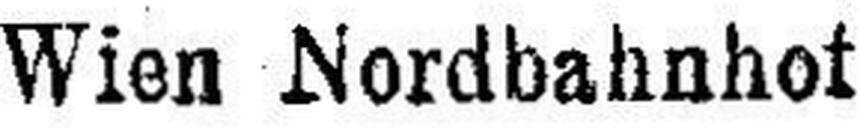
Wien  Nordbahnhof